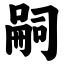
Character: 嗣